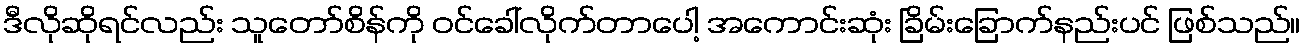
ဒီလိုဆိုရင်လည်း သူတော်စိန်ကို ဝင်ခေါ်လိုက်တာပေါ့ အကောင်းဆုံး ခြိမ်းခြောက်နည်းပင် ဖြစ်သည်။